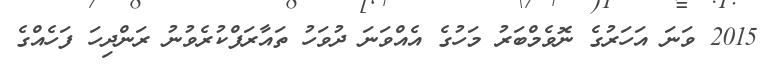
2015 ވަނަ އަހަރުގެ ނޮވެމްބަރު މަހުގެ އެއްވަނަ ދުވަހު ތައާރަފްކުރެވުނު ރަންދިހަ ފަހެއްގެ